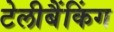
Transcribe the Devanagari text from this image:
टेलीबैंकिंग